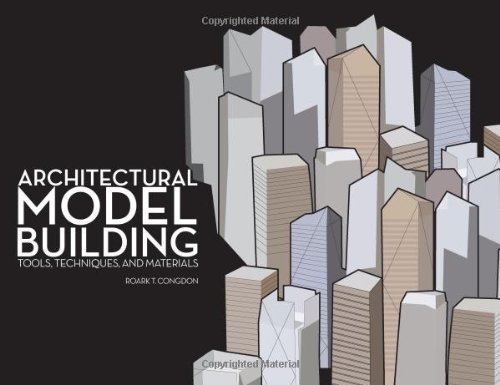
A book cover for Architectural Model Building: Tools, Techniques & Materials; Roark T. Congdon; Arts & Photography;